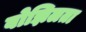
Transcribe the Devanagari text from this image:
बोझिलता